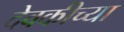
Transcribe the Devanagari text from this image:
देवकीच्या